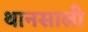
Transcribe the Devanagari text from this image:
थानसाली